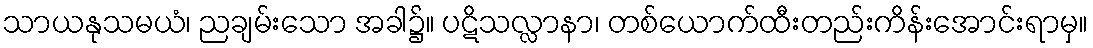
သာယနုသမယံ၊ ညချမ်းသော အခါ၌။ ပဋိသလ္လာနာ၊ တစ်ယောက်ထီးတည်းကိန်းအောင်းရာမှ။